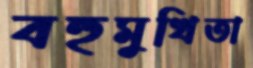
বহুমুখিতা